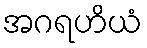
အဂရဟိယံ